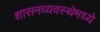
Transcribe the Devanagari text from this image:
शासनव्यवस्थेमध्ये